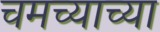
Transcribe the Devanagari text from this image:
चमच्याच्या